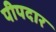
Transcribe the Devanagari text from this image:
पीपदार